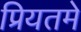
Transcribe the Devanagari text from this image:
प्रियतमे